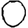
Digit: 0